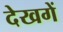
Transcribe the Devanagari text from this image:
देखगें